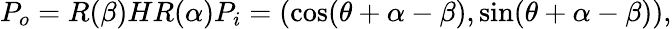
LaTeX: P_{o}=R(\beta)HR(\alpha)P_{i}=(\cos(\theta+\alpha-\beta),\sin(\theta+\alpha-\beta)),